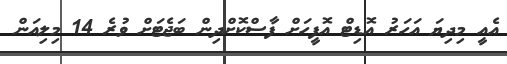
އެއީ މިދިޔަ އަހަރު އޮޑިޓް އޮފީހަށް ފާސްކޮށްދިން ބަޖެޓަށް ވުރެ 14 މިލިއަން